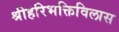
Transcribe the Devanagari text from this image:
श्रीहरिभक्तिविलास